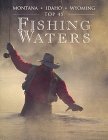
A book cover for Montana-Idaho-Wyoming Top 45 Fishing Waters; Travel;